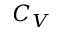
C _ { V }